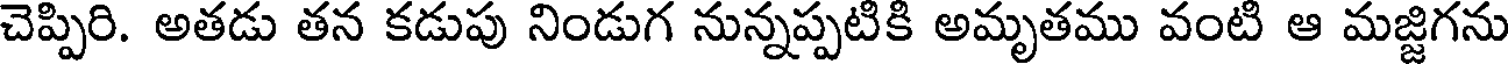
చెప్పిరి. అతడు తన కడుపు నిండుగ నున్నప్పటికి అమృతము వంటి ఆ మజ్జిగను